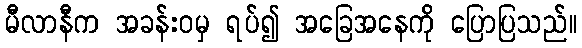
မီလာနီက အခန်းဝမှ ရပ်၍ အခြေအနေကို ပြောပြသည်။